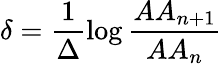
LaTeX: \delta=\frac{1}{\Delta}\log\frac{AA_{n+1}}{AA_{n}}